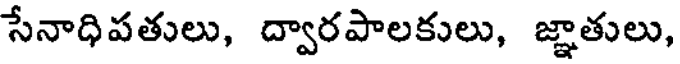
సేనాధిపతులు, ద్వారపాలకులు, జ్ఞాతులు,